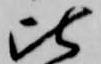
比